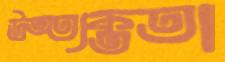
উত্ত্যক্ততা